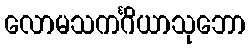
လောမသကင်္ဂိယာသုဘော